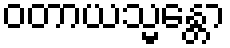
ဝတာယသ္မန္တော